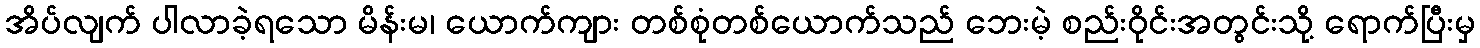
အိပ်လျက် ပါလာခဲ့ရသော မိန်းမ၊ ယောက်ကျား တစ်စုံတစ်ယောက်သည် ဘေးမဲ့ စည်းဝိုင်းအတွင်းသို့ ရောက်ပြီးမှ